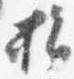
指